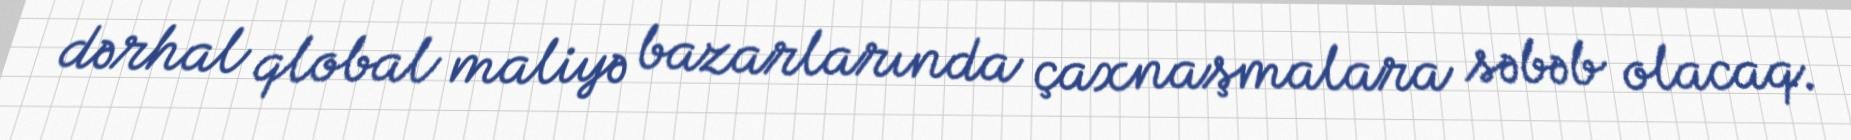
dərhal qlobal maliyə bazarlarında çaxnaşmalara səbəb olacaq.